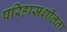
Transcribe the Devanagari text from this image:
परिहासशीलता